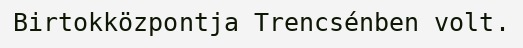
Birtokközpontja Trencsénben volt.